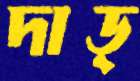
দাড়্